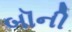
બૉની